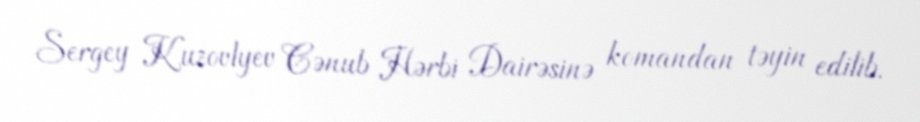
Sergey Kuzovlyev Cənub Hərbi Dairəsinə komandan təyin edilib.